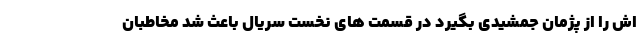
اش را از پژمان جمشیدی بگیرد در قسمت های نخست سریال باعث شد مخاطبان